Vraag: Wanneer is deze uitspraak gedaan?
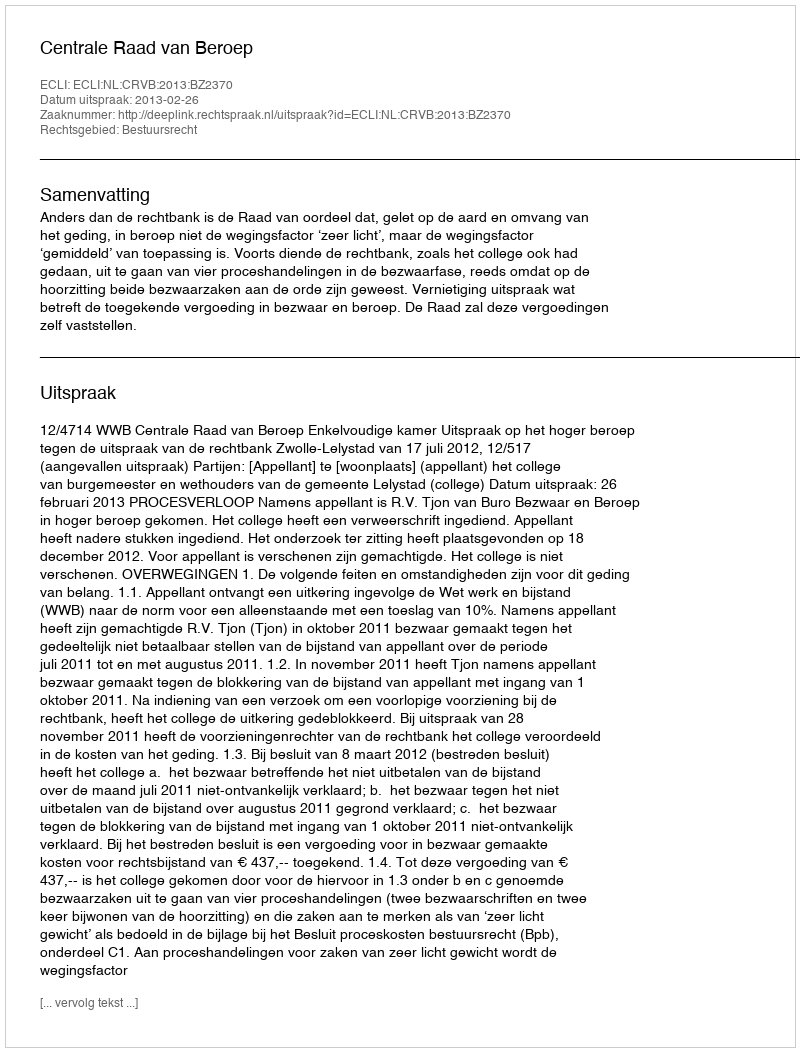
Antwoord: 2013-02-26